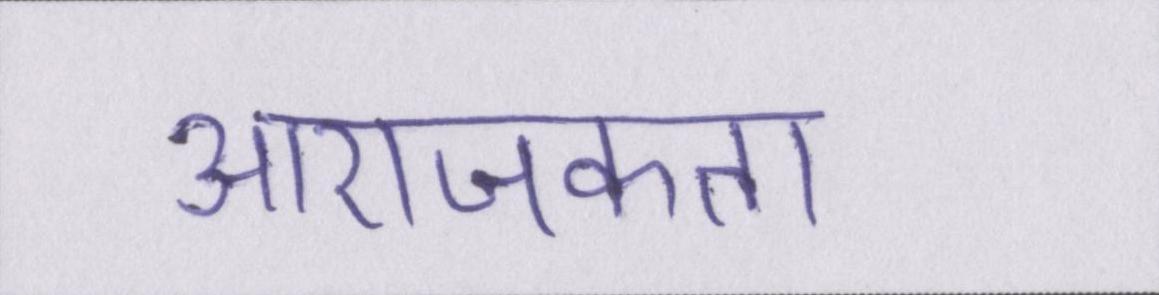
आराजकता